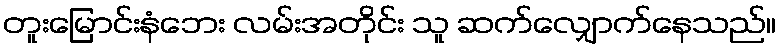
တူးမြောင်းနံဘေး လမ်းအတိုင်း သူ ဆက်လျှောက်နေသည်။